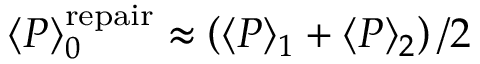
\langle P \rangle _ { 0 } ^ { \mathrm { r e p a i r } } \approx \left( \langle P \rangle _ { 1 } + \langle P \rangle _ { 2 } \right) / 2